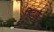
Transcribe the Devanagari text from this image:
शिटाके